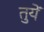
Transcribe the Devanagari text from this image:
तुयें